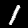
Digit: 1